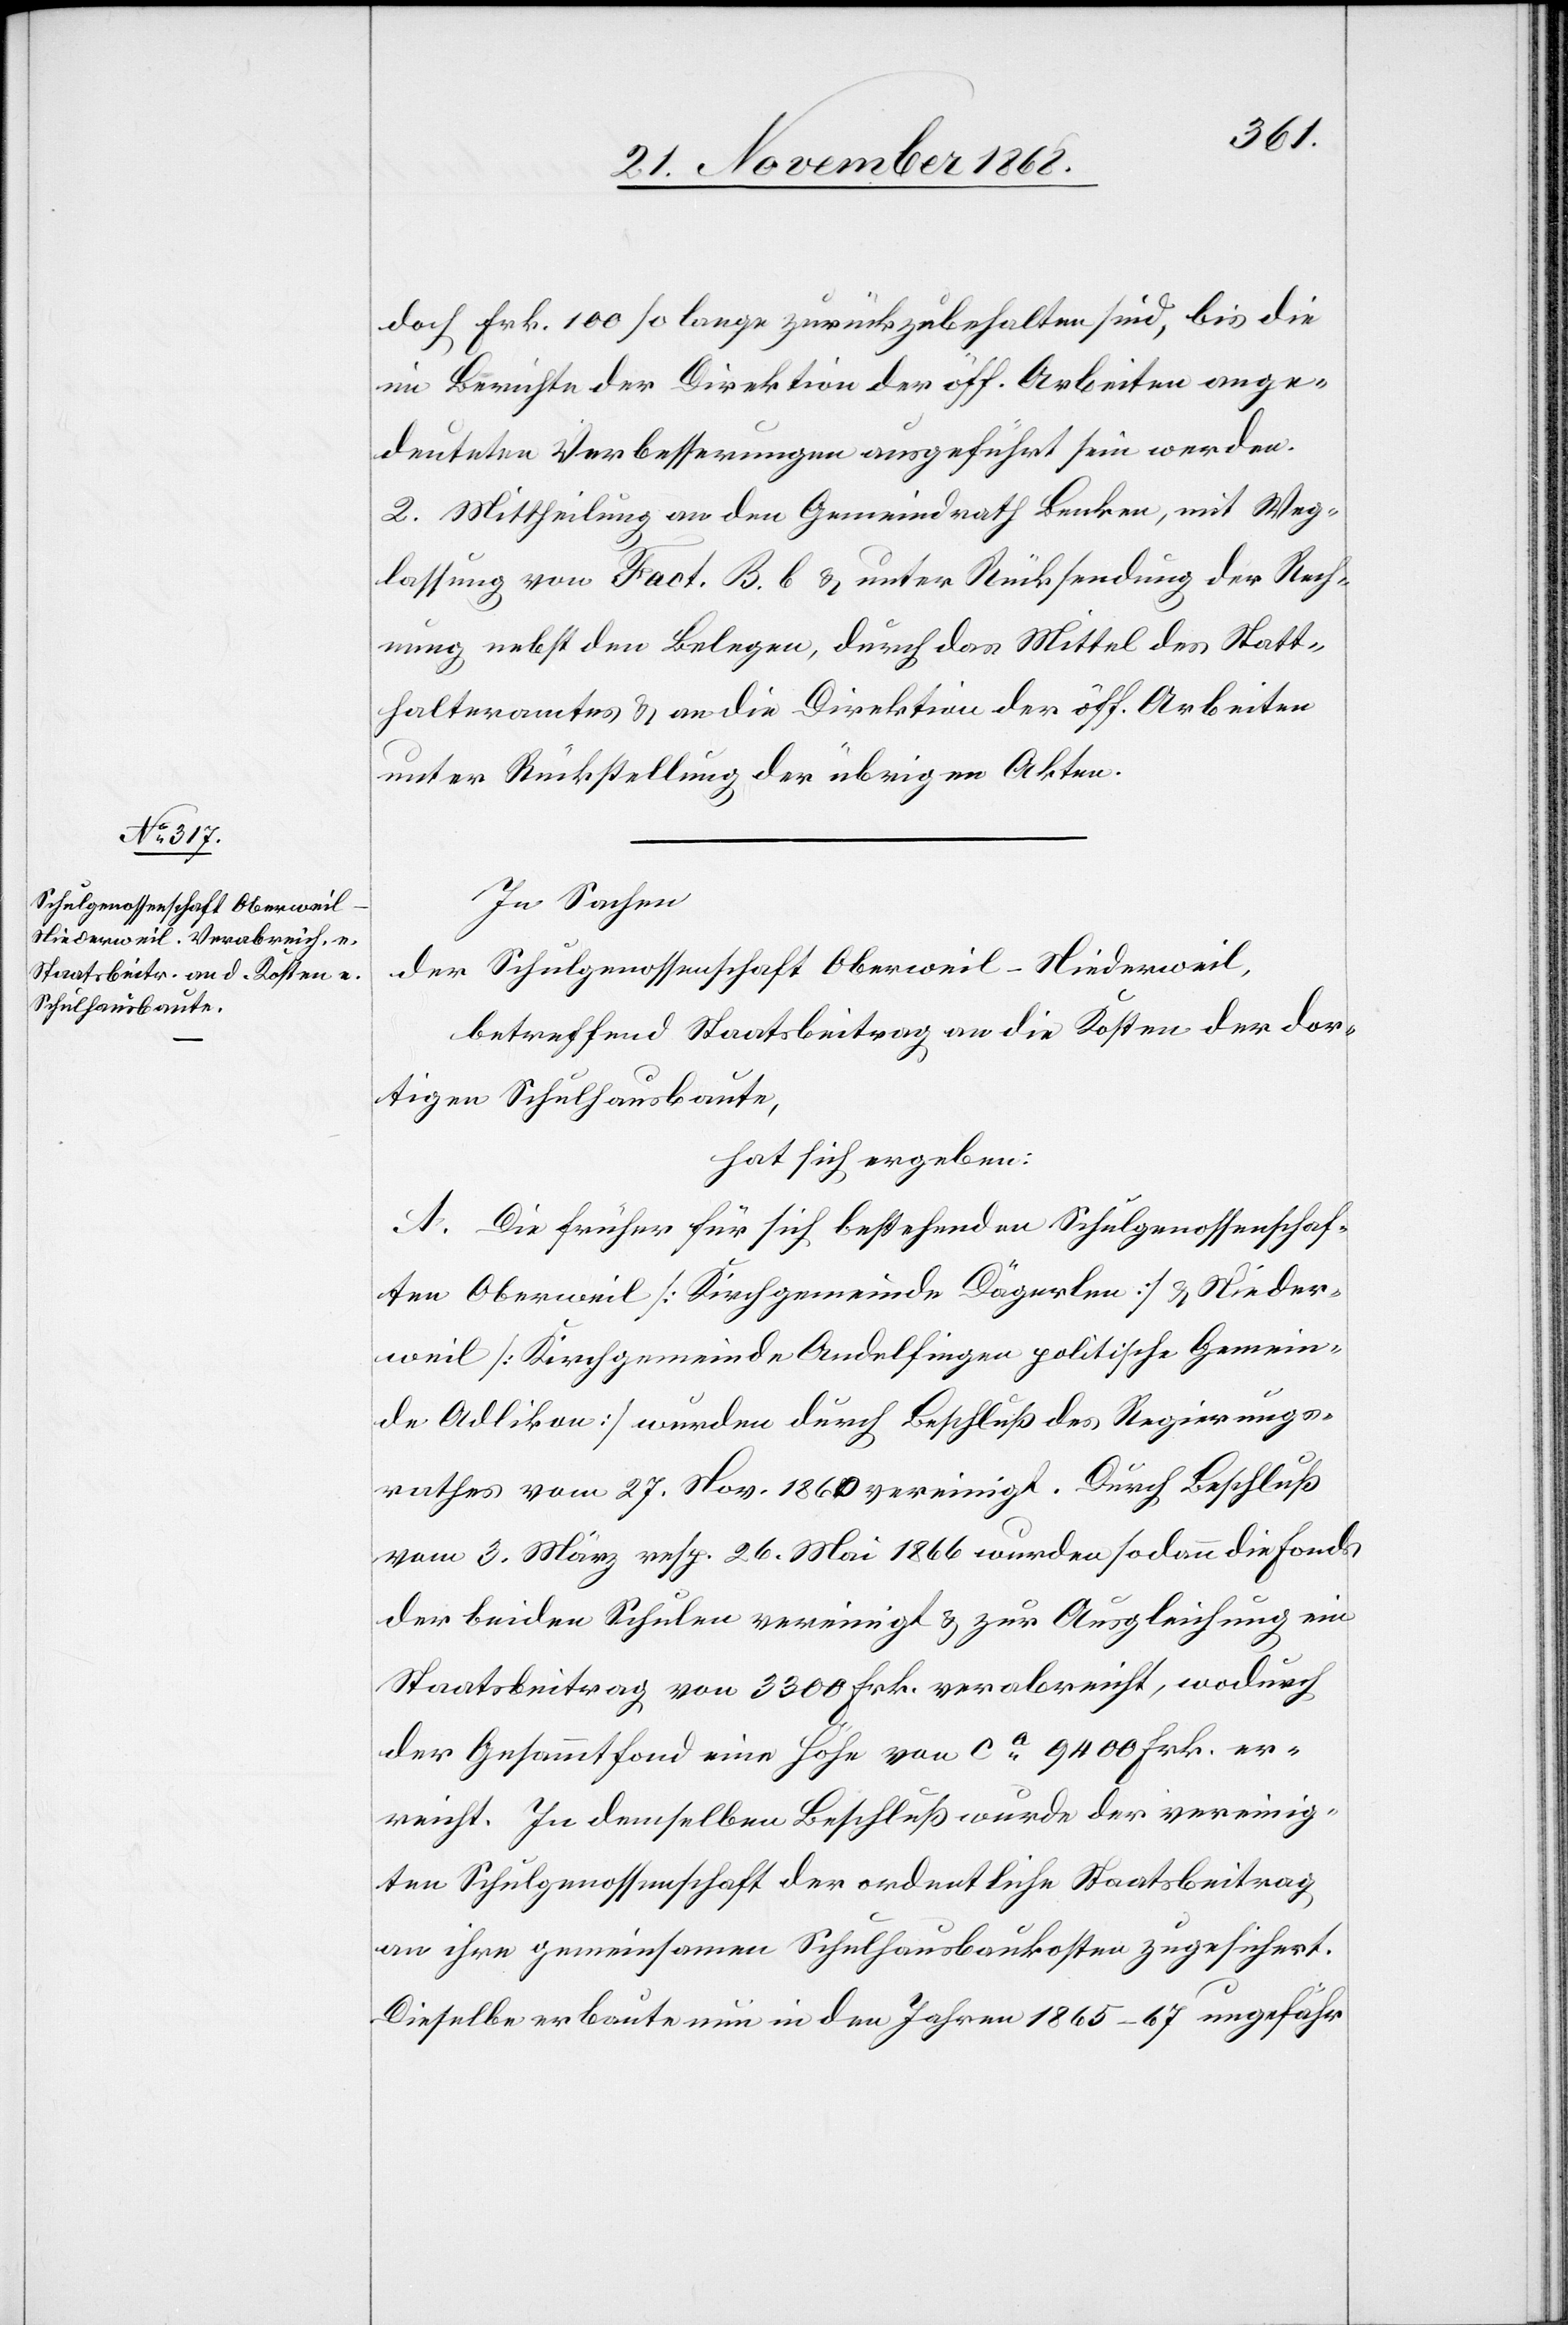
doch Frk. 100 so lange zurückzubehalten sind, bis die
im Berichte der Direktion der öff. Arbeiten ange¬
deuteten Verbesserungen ausgeführt sein werden.
2. Mittheilung an den Gemeindrath Benken, mit Weg¬
lassung von Fact. B. b & unter Rücksendung der Rech¬
nung nebst den Belegen, durch das Mittel des Statt¬
halteramtes & an die Direktion der öff. Arbeiten
unter Rückstellung der übrigen Akten.
In Sachen
der Schulgenossenschaft Oberweil-Niederweil,
betreffend Staatsbeitrag an die Kosten der dor¬
tigen Schulhausbaute,
hat sich ergeben:
A. Die früher für sich bestehenden Schulgenossenschaf¬
ten Oberweil [Kirchgemeinde Dägerlen] & Nieder¬
weil [Kirchgemeinde Andelfingen politische Gemein¬
de Adlikon] wurden durch Beschluß des Regierungs¬
rathes vom 27. Nov. 1860 vereinigt. Durch Beschluß
vom 3. März resp. 26. Mai 1866 wurden sodann die Fonds
der beiden Schulen vereinigt & zur Ausgleichung ein
Staatsbeitrag von 3300 Frk. verabreicht, wodurch
der Gesammtfond eine Höhe von ca 9400 Frk. er¬
reicht. In demselben Beschluß wurde der vereinig¬
ten Schulgenossenschaft der ordentliche Staatsbeitrag
an ihre gemeinsamen Schulhausbaukosten zugesichert.
Dieselbe erbaute nun in den Jahren 1865–67 ungefähr